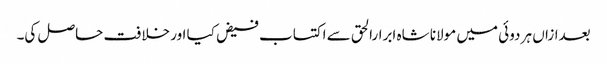
بعدازاں ہر دوئی میں مولانا شاہ ابرارالحق سے اکتساب فیض کیا اور خلافت حاصل کی۔